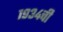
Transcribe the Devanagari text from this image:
१९३४ची